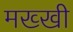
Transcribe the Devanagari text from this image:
मख्खी